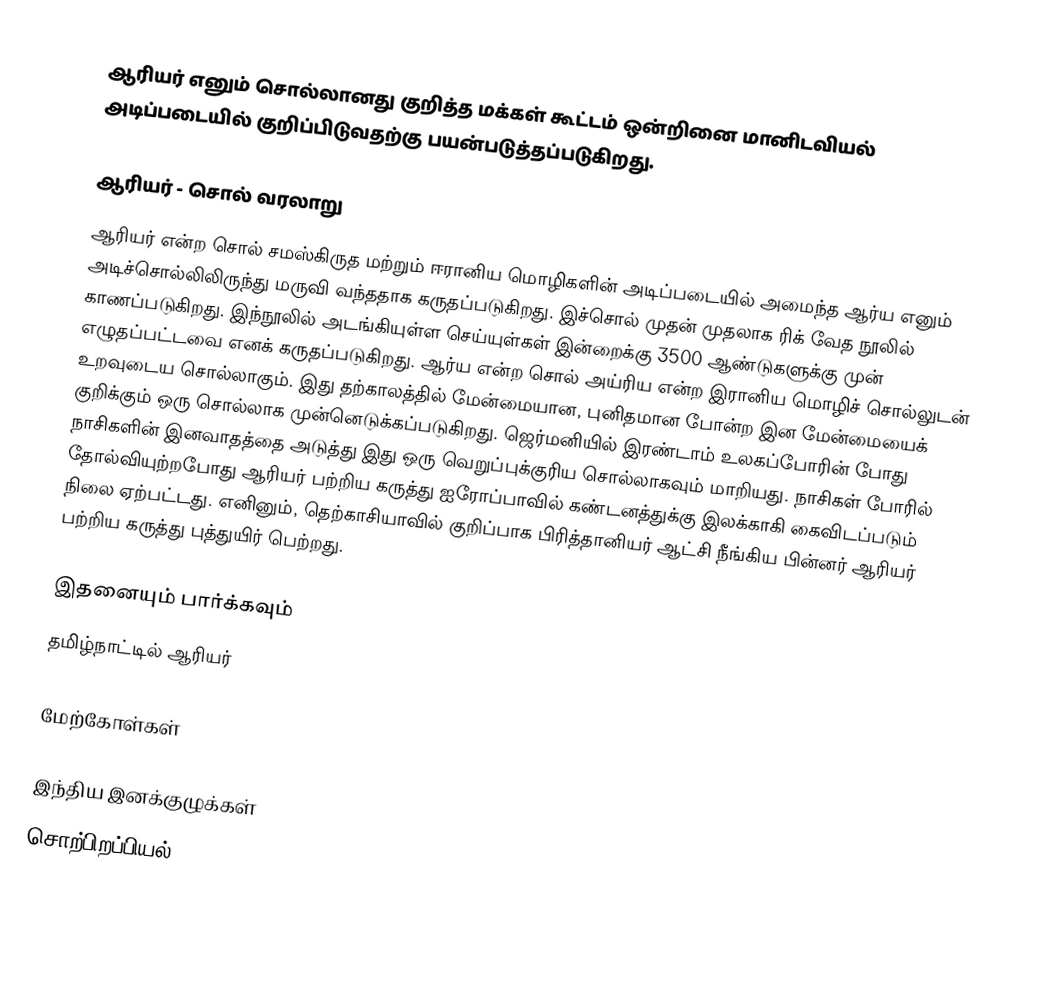
ஆரியர்  எனும் சொல்லானது குறித்த மக்கள் கூட்டம் ஒன்றினை மானிடவியல் அடிப்படையில் குறிப்பிடுவதற்கு பயன்படுத்தப்படுகிறது.

ஆரியர் - சொல் வரலாறு
ஆரியர் என்ற சொல் சமஸ்கிருத மற்றும் ஈரானிய மொழிகளின் அடிப்படையில் அமைந்த ஆர்ய எனும் அடிச்சொல்லிலிருந்து மருவி வந்ததாக கருதப்படுகிறது. இச்சொல் முதன் முதலாக ரிக் வேத நூலில் காணப்படுகிறது. இந்நூலில் அடங்கியுள்ள செய்யுள்கள் இன்றைக்கு 3500 ஆண்டுகளுக்கு முன் எழுதப்பட்டவை எனக் கருதப்படுகிறது. ஆர்ய என்ற சொல் அய்ரிய என்ற இரானிய மொழிச் சொல்லுடன் உறவுடைய சொல்லாகும். இது தற்காலத்தில் மேன்மையான, புனிதமான போன்ற இன மேன்மையைக் குறிக்கும் ஒரு சொல்லாக முன்னெடுக்கப்படுகிறது. ஜெர்மனியில் இரண்டாம் உலகப்போரின் போது நாசிகளின் இனவாதத்தை அடுத்து இது ஒரு வெறுப்புக்குரிய சொல்லாகவும் மாறியது. நாசிகள் போரில் தோல்வியுற்றபோது ஆரியர் பற்றிய கருத்து ஐரோப்பாவில் கண்டனத்துக்கு இலக்காகி கைவிடப்படும் நிலை ஏற்பட்டது. எனினும், தெற்காசியாவில் குறிப்பாக பிரித்தானியர் ஆட்சி நீங்கிய பின்னர் ஆரியர் பற்றிய கருத்து புத்துயிர் பெற்றது.

இதனையும் பார்க்கவும்
தமிழ்நாட்டில் ஆரியர்

மேற்கோள்கள்

இந்திய இனக்குழுக்கள்
சொற்பிறப்பியல்